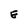
Character: E